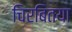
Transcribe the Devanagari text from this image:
चिरबितया